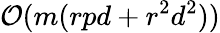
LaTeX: \mathcal{O}(m(rpd+r^{2}d^{2}))